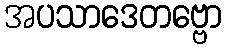
အပသာဒေတဗ္ဗော